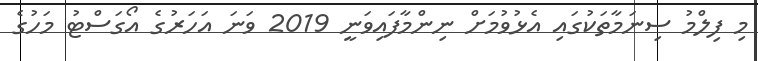
މި ފިލްމު ސިނަމާތަކުގައި އެޅުވުމަށް ނިންމާފައިވަނީ 2019 ވަނަ އަހަރުގެ އޯގަސްޓު މަހުގެ